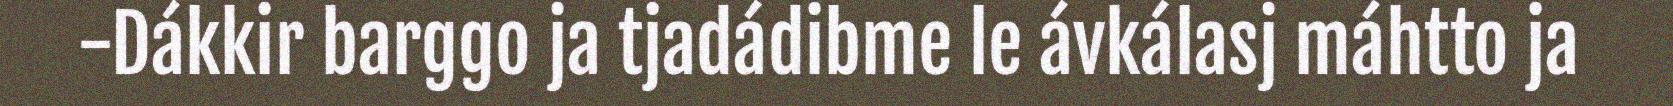
-Dákkir barggo ja tjadádibme le ávkálasj máhtto ja